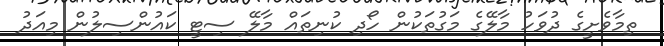
ތިމާވެށީގެ ދުވަހު މާލޭގެ މަގުތަކުން ހޯދި ކުނިތައް މާލޭ ސިޓީ ކައުންސިލުން މިއަދު